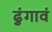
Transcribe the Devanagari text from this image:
ढुंगावं